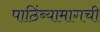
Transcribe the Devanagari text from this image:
पाठिंब्यामागची